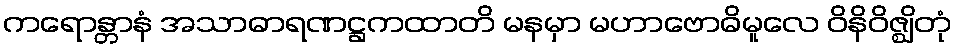
ကရောန္တာနံ အသာဓာရဏဋ္ဌကထာတိ မနမှာ မဟာဗောဓိမူလေ ဝိနိဝိဇ္ဈိတုံ